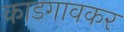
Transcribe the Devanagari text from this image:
काडगावकर